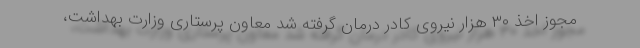
مجوز اخذ ۳۰ هزار نیروی کادر درمان گرفته شد معاون پرستاری وزارت بهداشت،